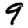
Digit: 9